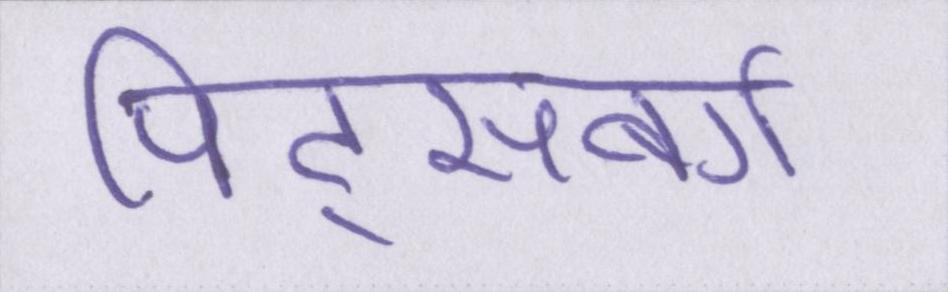
पिट्सबर्ग